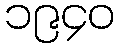
၁၉၄၀